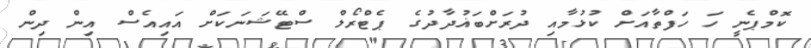
ކޮމްޕެނީ ހަ ހަފްތާއަށް ކުޅުމާއި ދުރަށްބަޣުދާދުގެ ޕެޓްރޯލް ސްޓޭޝަނަކަށް އައިއެސް އިން ދިން